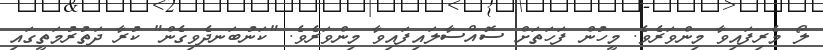
ލޯ މެރިފައިވާ މިންވަރެވެ. މީހުން ފަހަތަށް ސޮއްސާލައިފައިވާ މިންވަރެވެ. "ކަނުބަނދެވިގެން" ކުރާ ދަތުރުމަތީގައި